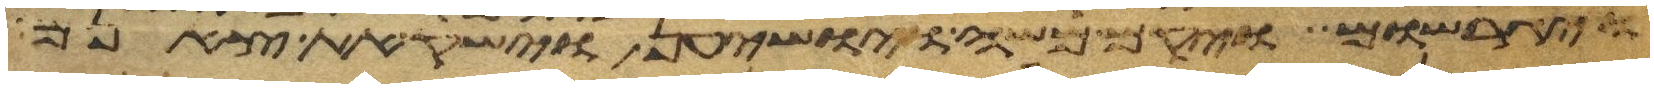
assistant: ויגרשום ויקם משה ויושיענה וישק את צאנם